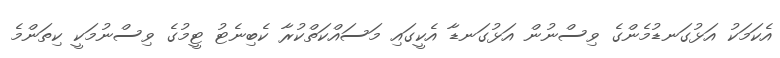
އެކަމަކު އަޅުގަނޑުމެންގެ ވިސްނުން އަޅުގަނޑާ އެކީގައި މަސައްކަތްކުރާ ކެބިނެޓު ޓީމުގެ ވިސްނުމަކީ ކިތަންމެ